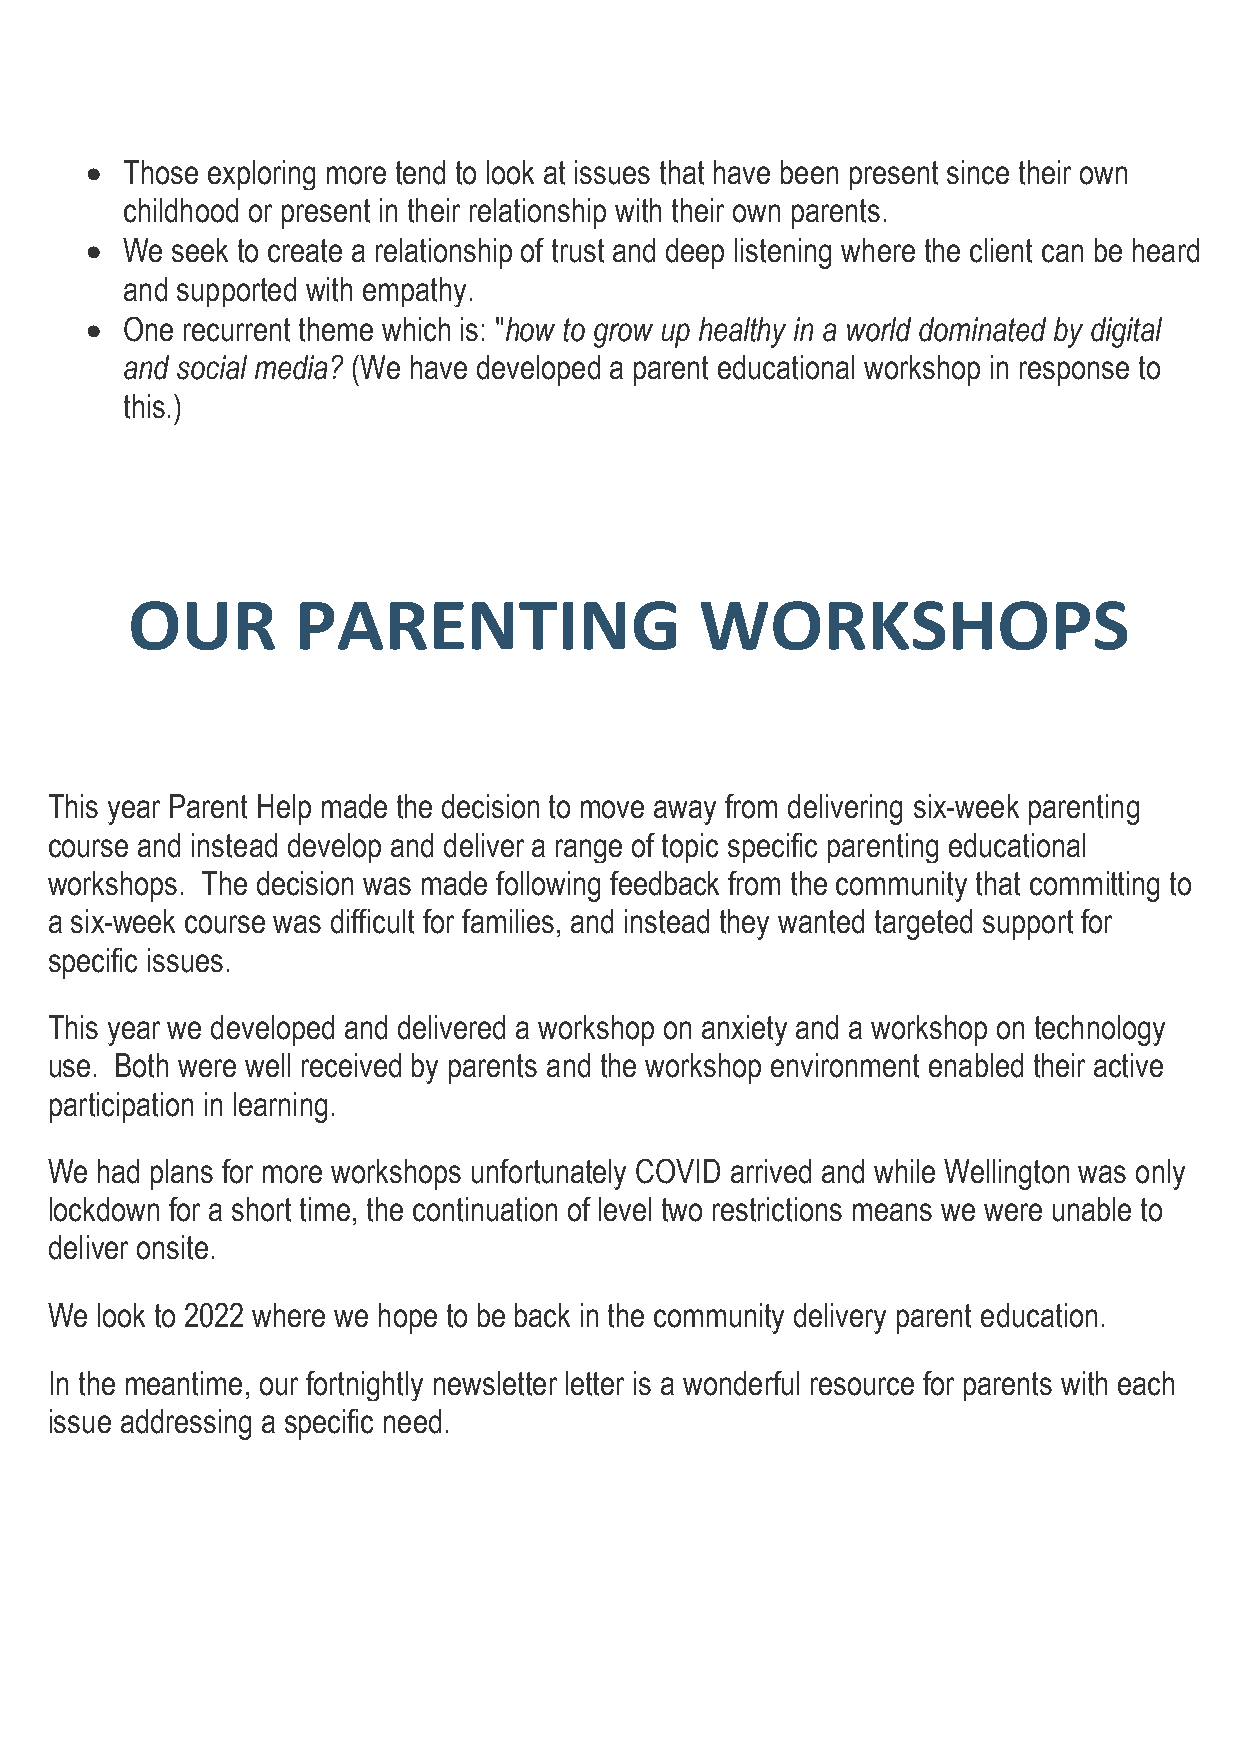
• Those exploring more tend to look at issues that have been present since their own
 childhood or present in their relationship with their own parents.
 • We seek to create a relationship of trust and deep listening where the client can be heard
 and supported with empathy.
 • One recurrent theme which is: "how to grow up healthy in a world dominated by digital
 and social media? (We have developed a parent educational workshop in response to
 this.)
 OUR         PARENTING                 WORKSHOPS
 This year Parent Help made the decision to move away from delivering six-week parenting
 course and instead develop and deliver a range of topic specific parenting educational
 workshops. The decision was made following feedback from the community that committing to
 a six-week course was difficult for families, and instead they wanted targeted support for
 specific issues.
 This year we developed and delivered a workshop on anxiety and a workshop on technology
 use. Both were well received by parents and the workshop environment enabled their active
 participation in learning.
 We had plans for more workshops unfortunately COVID arrived and while Wellington was only
 lockdown for a short time, the continuation of level two restrictions means we were unable to
 deliver onsite.
 We look to 2022 where we hope to be back in the community delivery parent education.
 In the meantime, our fortnightly newsletter letter is a wonderful resource for parents with each
 issue addressing a specific need.